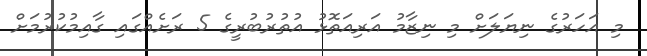
މި އަހަރުގެ ނިޔަލަށް މި ނިޒާމު އަރިއަތޮޅު އުތުރުބުރީގެ 5 ރަށެއްގައި ގާއިމުކުރުމަށް